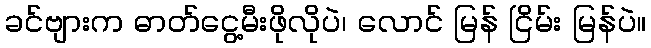
ခင်ဗျားက ဓာတ်ငွေ့မီးဖိုလိုပဲ၊ လောင် မြန် ငြိမ်း မြန်ပဲ။